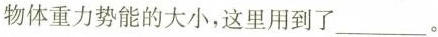
物体重力势能的大小，这里用到了___。